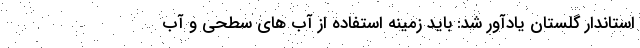
استاندار گلستان یادآور شد: باید زمینه استفاده از آب های سطحی و آب